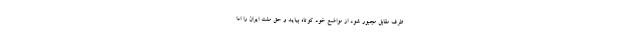
طرف مقابل مجبور شود از مواضع خود کوتاه بیاید و حق ملت ایران را ادا